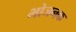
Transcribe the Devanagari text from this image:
भोजनक